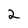
Character: 2